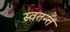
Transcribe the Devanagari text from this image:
स्वतन्त